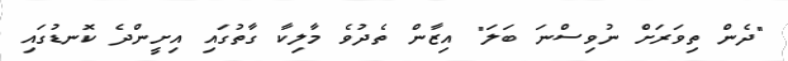
"ދެން ތިވަރަށް ނުވިސްނަ ބަލަ" އިޒާން ތެދުވެ މާލިކާ ގާތުގައި އިށީންދެ ކޮނޑުގައި